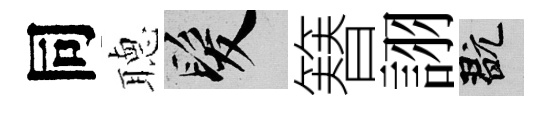
同𦗟髮簮詡玩